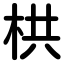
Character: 栱